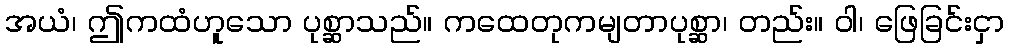
အယံ၊ ဤကထံဟူသော ပုစ္ဆာသည်။ ကထေတုကမျတာပုစ္ဆာ၊ တည်း။ ဝါ၊ ဖြေခြင်းငှာ